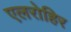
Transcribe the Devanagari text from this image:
एलरोहिर